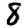
Digit: 8